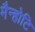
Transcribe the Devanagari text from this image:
मैन्होटि